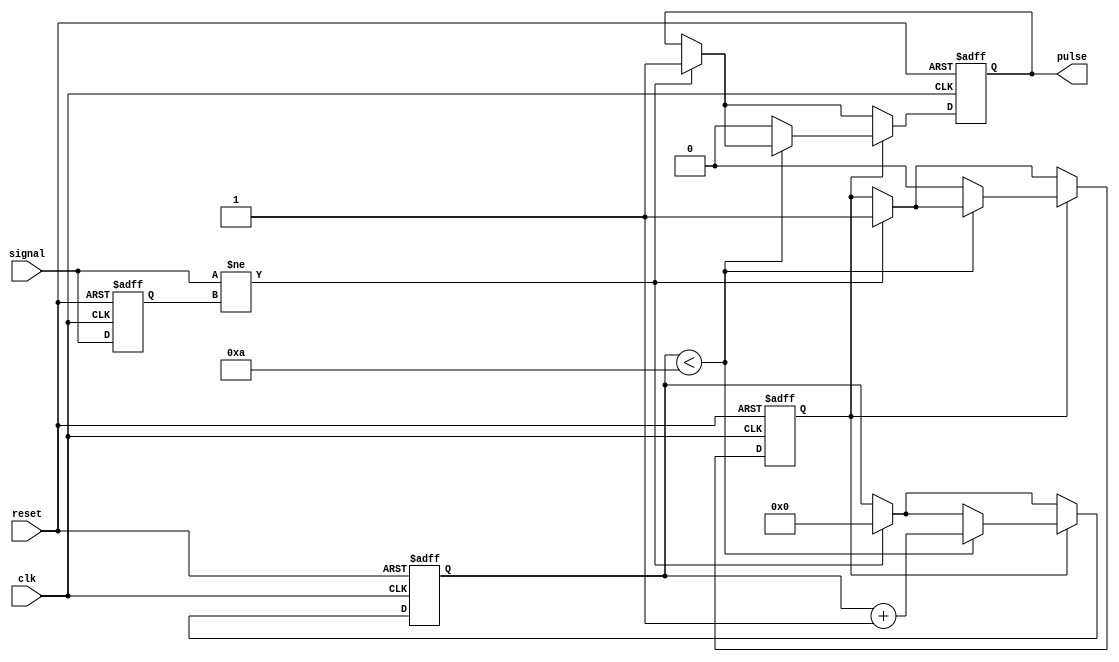
module MonostableEdgeDetector #(
    parameter PULSE_WIDTH = 10 // Pulse width in clock cycles
)(
    input wire clk,            // Clock signal
    input wire reset,          // Reset signal
    input wire signal,         // Input signal
    output reg pulse           // Output pulse
);

    reg signal_prev;           // Previous state of the input signal
    reg [3:0] counter;         // Counter to generate pulse width
    reg pulse_active;          // Indicates if the pulse is currently active

    // Edge Detection
    always @(posedge clk or posedge reset) begin
        if (reset) begin
            signal_prev <= 1'b0; // Initialize previous signal state
            pulse <= 1'b0;       // Initialize output pulse
            counter <= 4'b0;     // Initialize counter
            pulse_active <= 1'b0; // Pulse not active
        end else begin
            // Check for rising or falling edge
            if (signal != signal_prev) begin
                // Edge detected, start pulse
                pulse <= 1'b1;       // Set pulse high
                counter <= 4'b0;     // Reset counter
                pulse_active <= 1'b1; // Indicate pulse is active
            end
            
            // Update previous signal state
            signal_prev <= signal;

            // Pulse duration control
            if (pulse_active) begin
                if (counter < PULSE_WIDTH) begin
                    counter <= counter + 1; // Increment counter
                end else begin
                    pulse <= 1'b0;           // Set pulse low after duration
                    pulse_active <= 1'b0;    // Indicate pulse is not active
                end
            end
        end
    end

endmodule